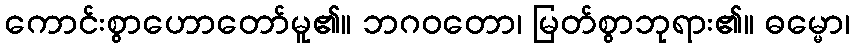
ကောင်းစွာဟောတော်မူ၏။ ဘဂဝတော၊ မြတ်စွာဘုရား၏။ ဓမ္မော၊